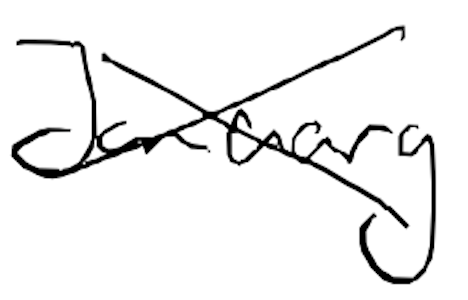
Text: January
Cross-out: mix
Writing tool: digital_black